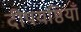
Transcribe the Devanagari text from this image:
दीपयष्ठियाँ